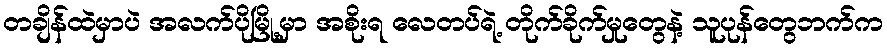
တချိန်ထဲမှာပဲ အလက်ပိုမြို့မှာ အစိုးရ လေတပ်ရဲ့ တိုက်ခိုက်မှုတွေနဲ့ သူပုန်တွေဘက်က